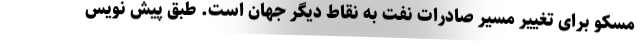
مسکو برای تغییر مسیر صادرات نفت به نقاط دیگر جهان است. طبق پیش نویس